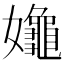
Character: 𡤞